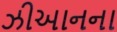
ઝીઆનના